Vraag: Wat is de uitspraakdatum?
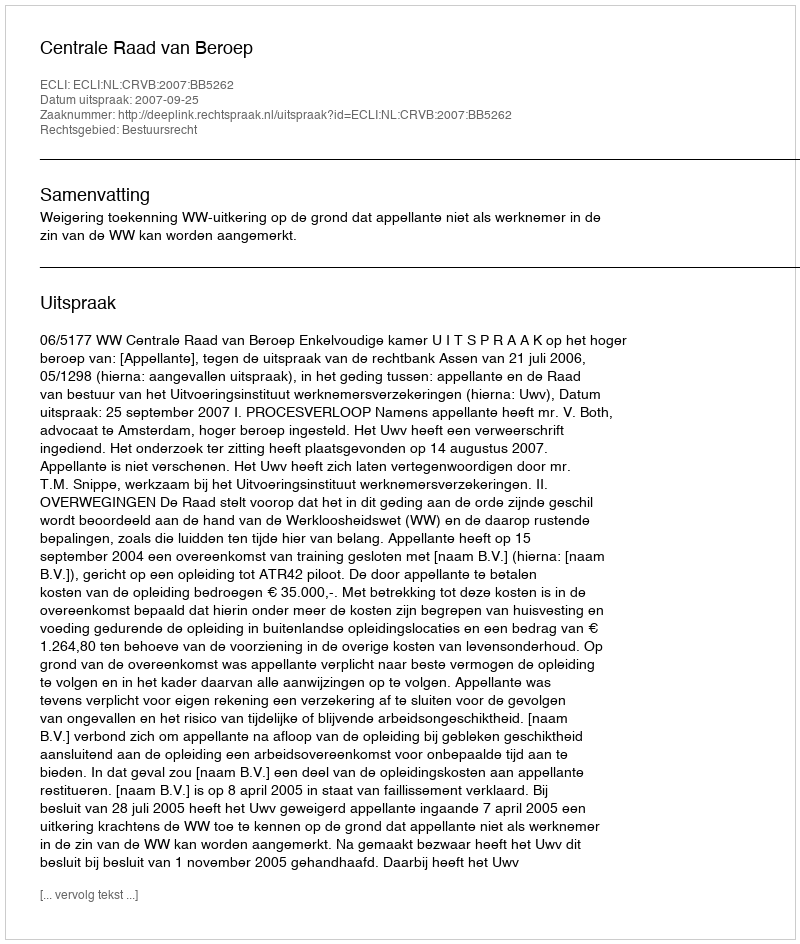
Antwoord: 2007-09-25